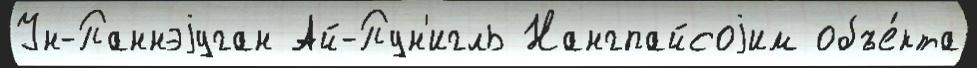
Ун-Паннэjуган Ай-Пун'игль Нангпайсоjим объе́кта